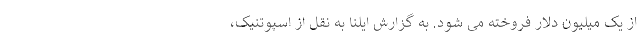
از یک میلیون دلار فروخته می شود. به گزارش ایلنا به نقل از اسپوتنیک،